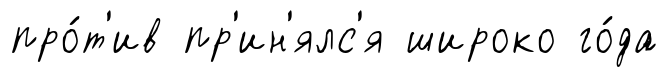
про́т'ив пр'ин'ялс'я широко го́да